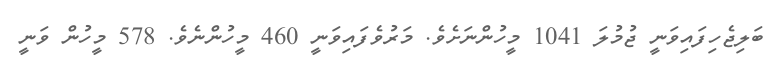
ބަލިޖެހިފައިވަނީ ޖުމުލަ 1041 މީހުންނަށެވެ. މަރުވެފައިވަނީ 460 މީހުންނެވެ. 578 މީހުން ވަނީ